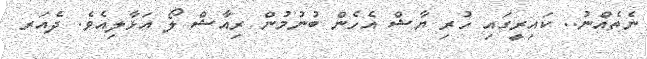
ނެތެއްނު.. ކައިރީގައި ހުރި ޔާޝް އެހެން ބުނުމުން ރިއާޝް ލޯ އަޅާލިއެވެ. ދެއަރ